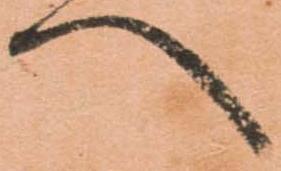
へ